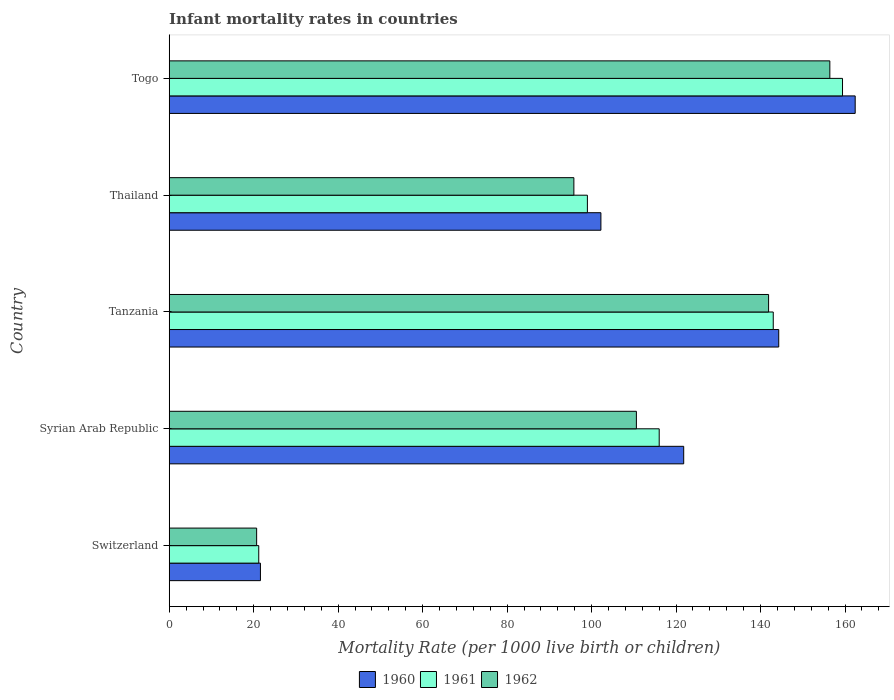
| Country | 1960 | 1961 | 1962 |
 | --- | --- | --- | --- |
 | Switzerland | 21.6 | 21.2 | 20.7 |
 | Syrian Arab Republic | 122 | 116 | 111 |
 | Tanzania | 144 | 143 | 142 |
 | Thailand | 102 | 99 | 95.8 |
 | Togo | 162 | 159 | 156 |